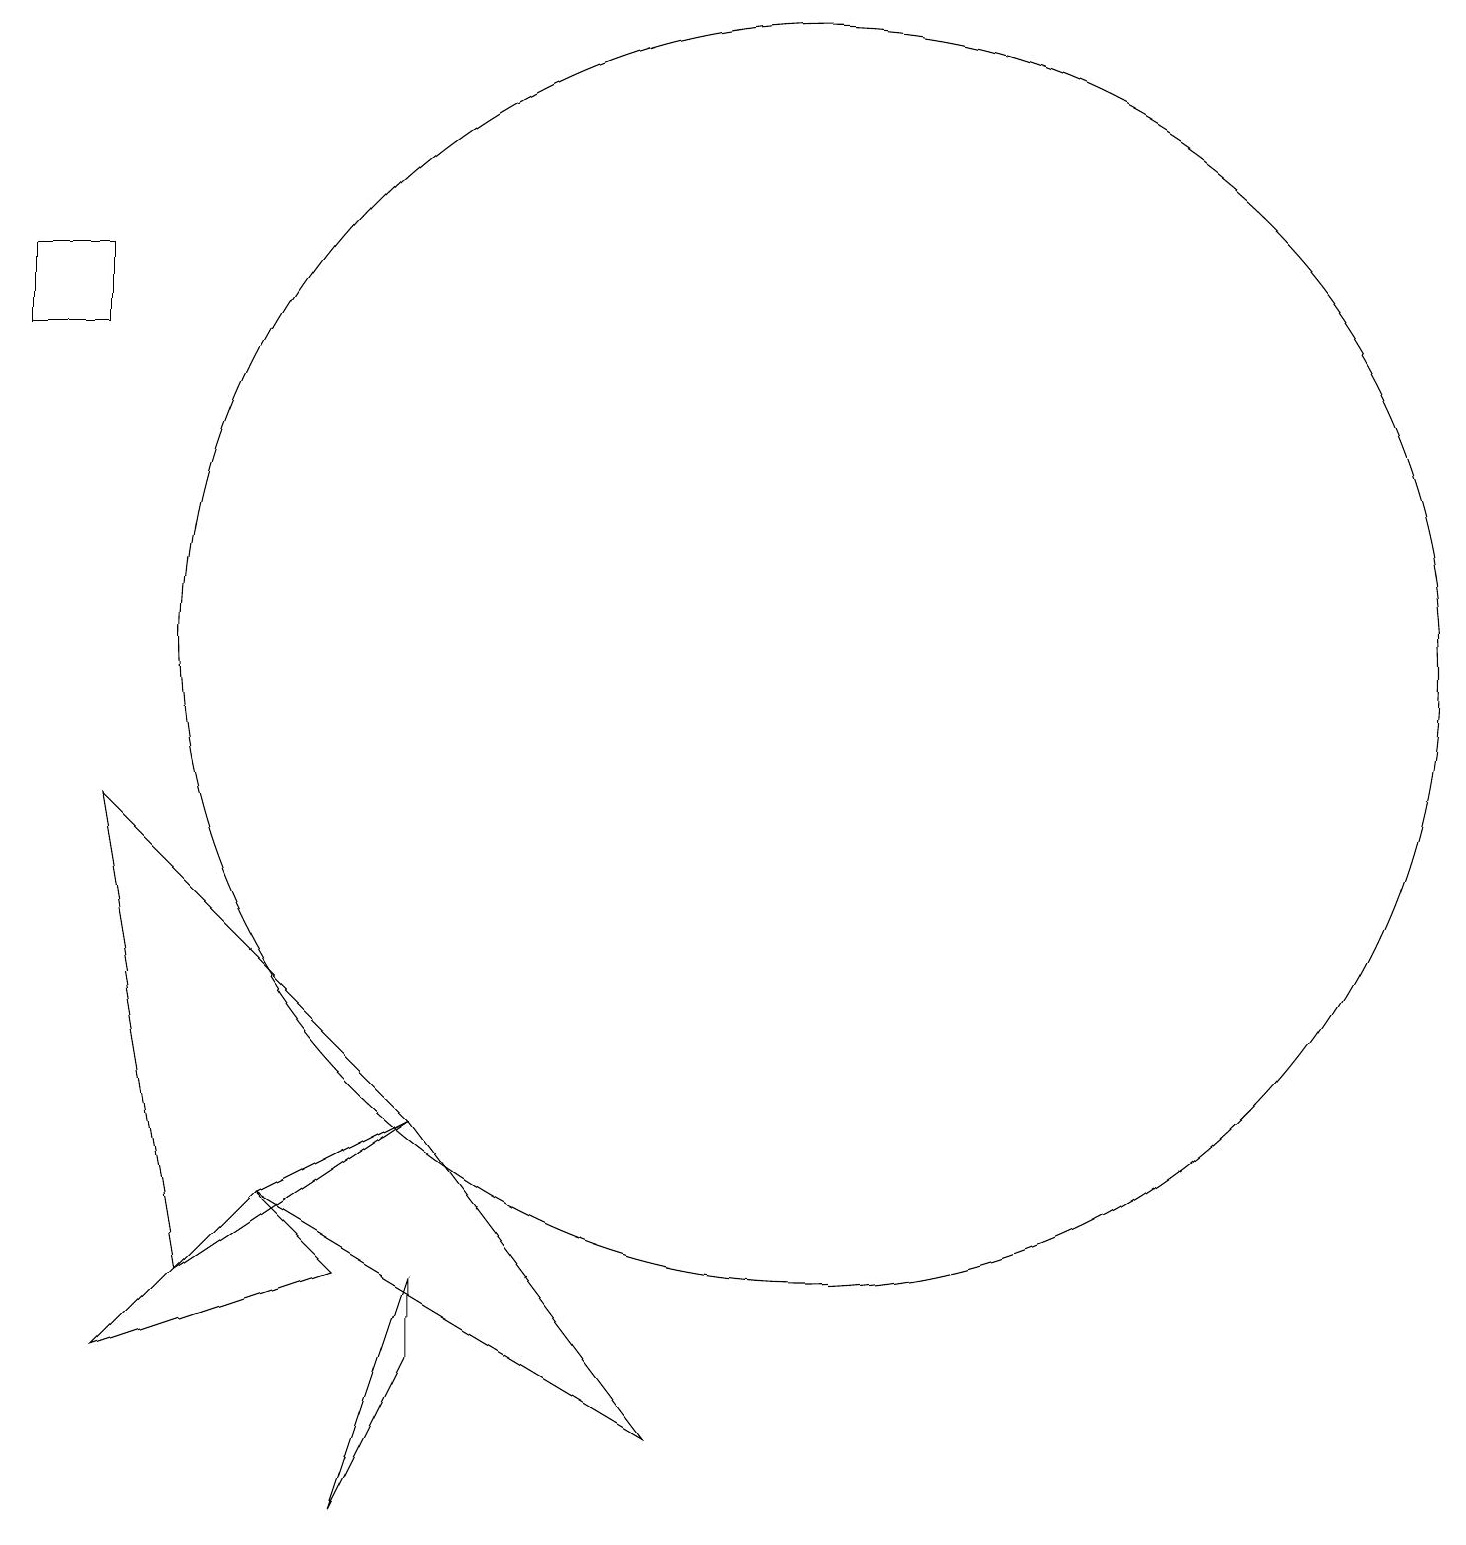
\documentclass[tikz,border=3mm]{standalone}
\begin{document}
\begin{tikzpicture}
\draw (11,11) circle (0);
\draw (5,0) -- (6,3) -- (6,2) -- cycle;
\draw (1,15) rectangle (2,16);
\draw (3,3) -- (2,9) -- (6,5) -- cycle;
\draw (11,11) circle (8);
\draw (4,4) -- (9,1) -- (6,5) -- cycle;
\draw (2,2) -- (4,4) -- (5,3) -- cycle;
\draw (10,10) circle (0);
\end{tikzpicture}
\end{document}